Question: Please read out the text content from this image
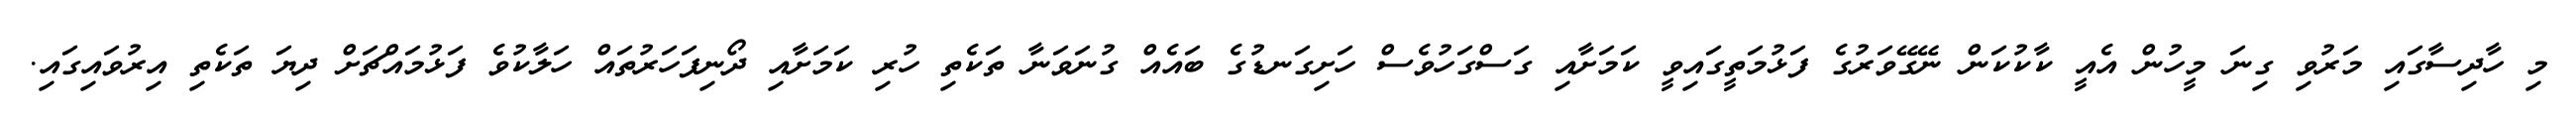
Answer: މި ހާދިސާގައި މަރުވި ގިނަ މީހުން އެއީ ކާކުކަން ނޭގޭވަރުގެ ފަޅުމަތީގައިވީ ކަމަށާއި ގަސްގަހުވެސް ހަށިގަނޑުގެ ބައެއް ގުނަވަނާ ތަކެތި ހުރި ކަމަށާއި ދޯނިފަހަރުތައް ހަލާކުވެ ފަޅުމައްޗަށް ދިޔަ ތަކެތި އިރުވައިގައި.